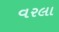
વરલા